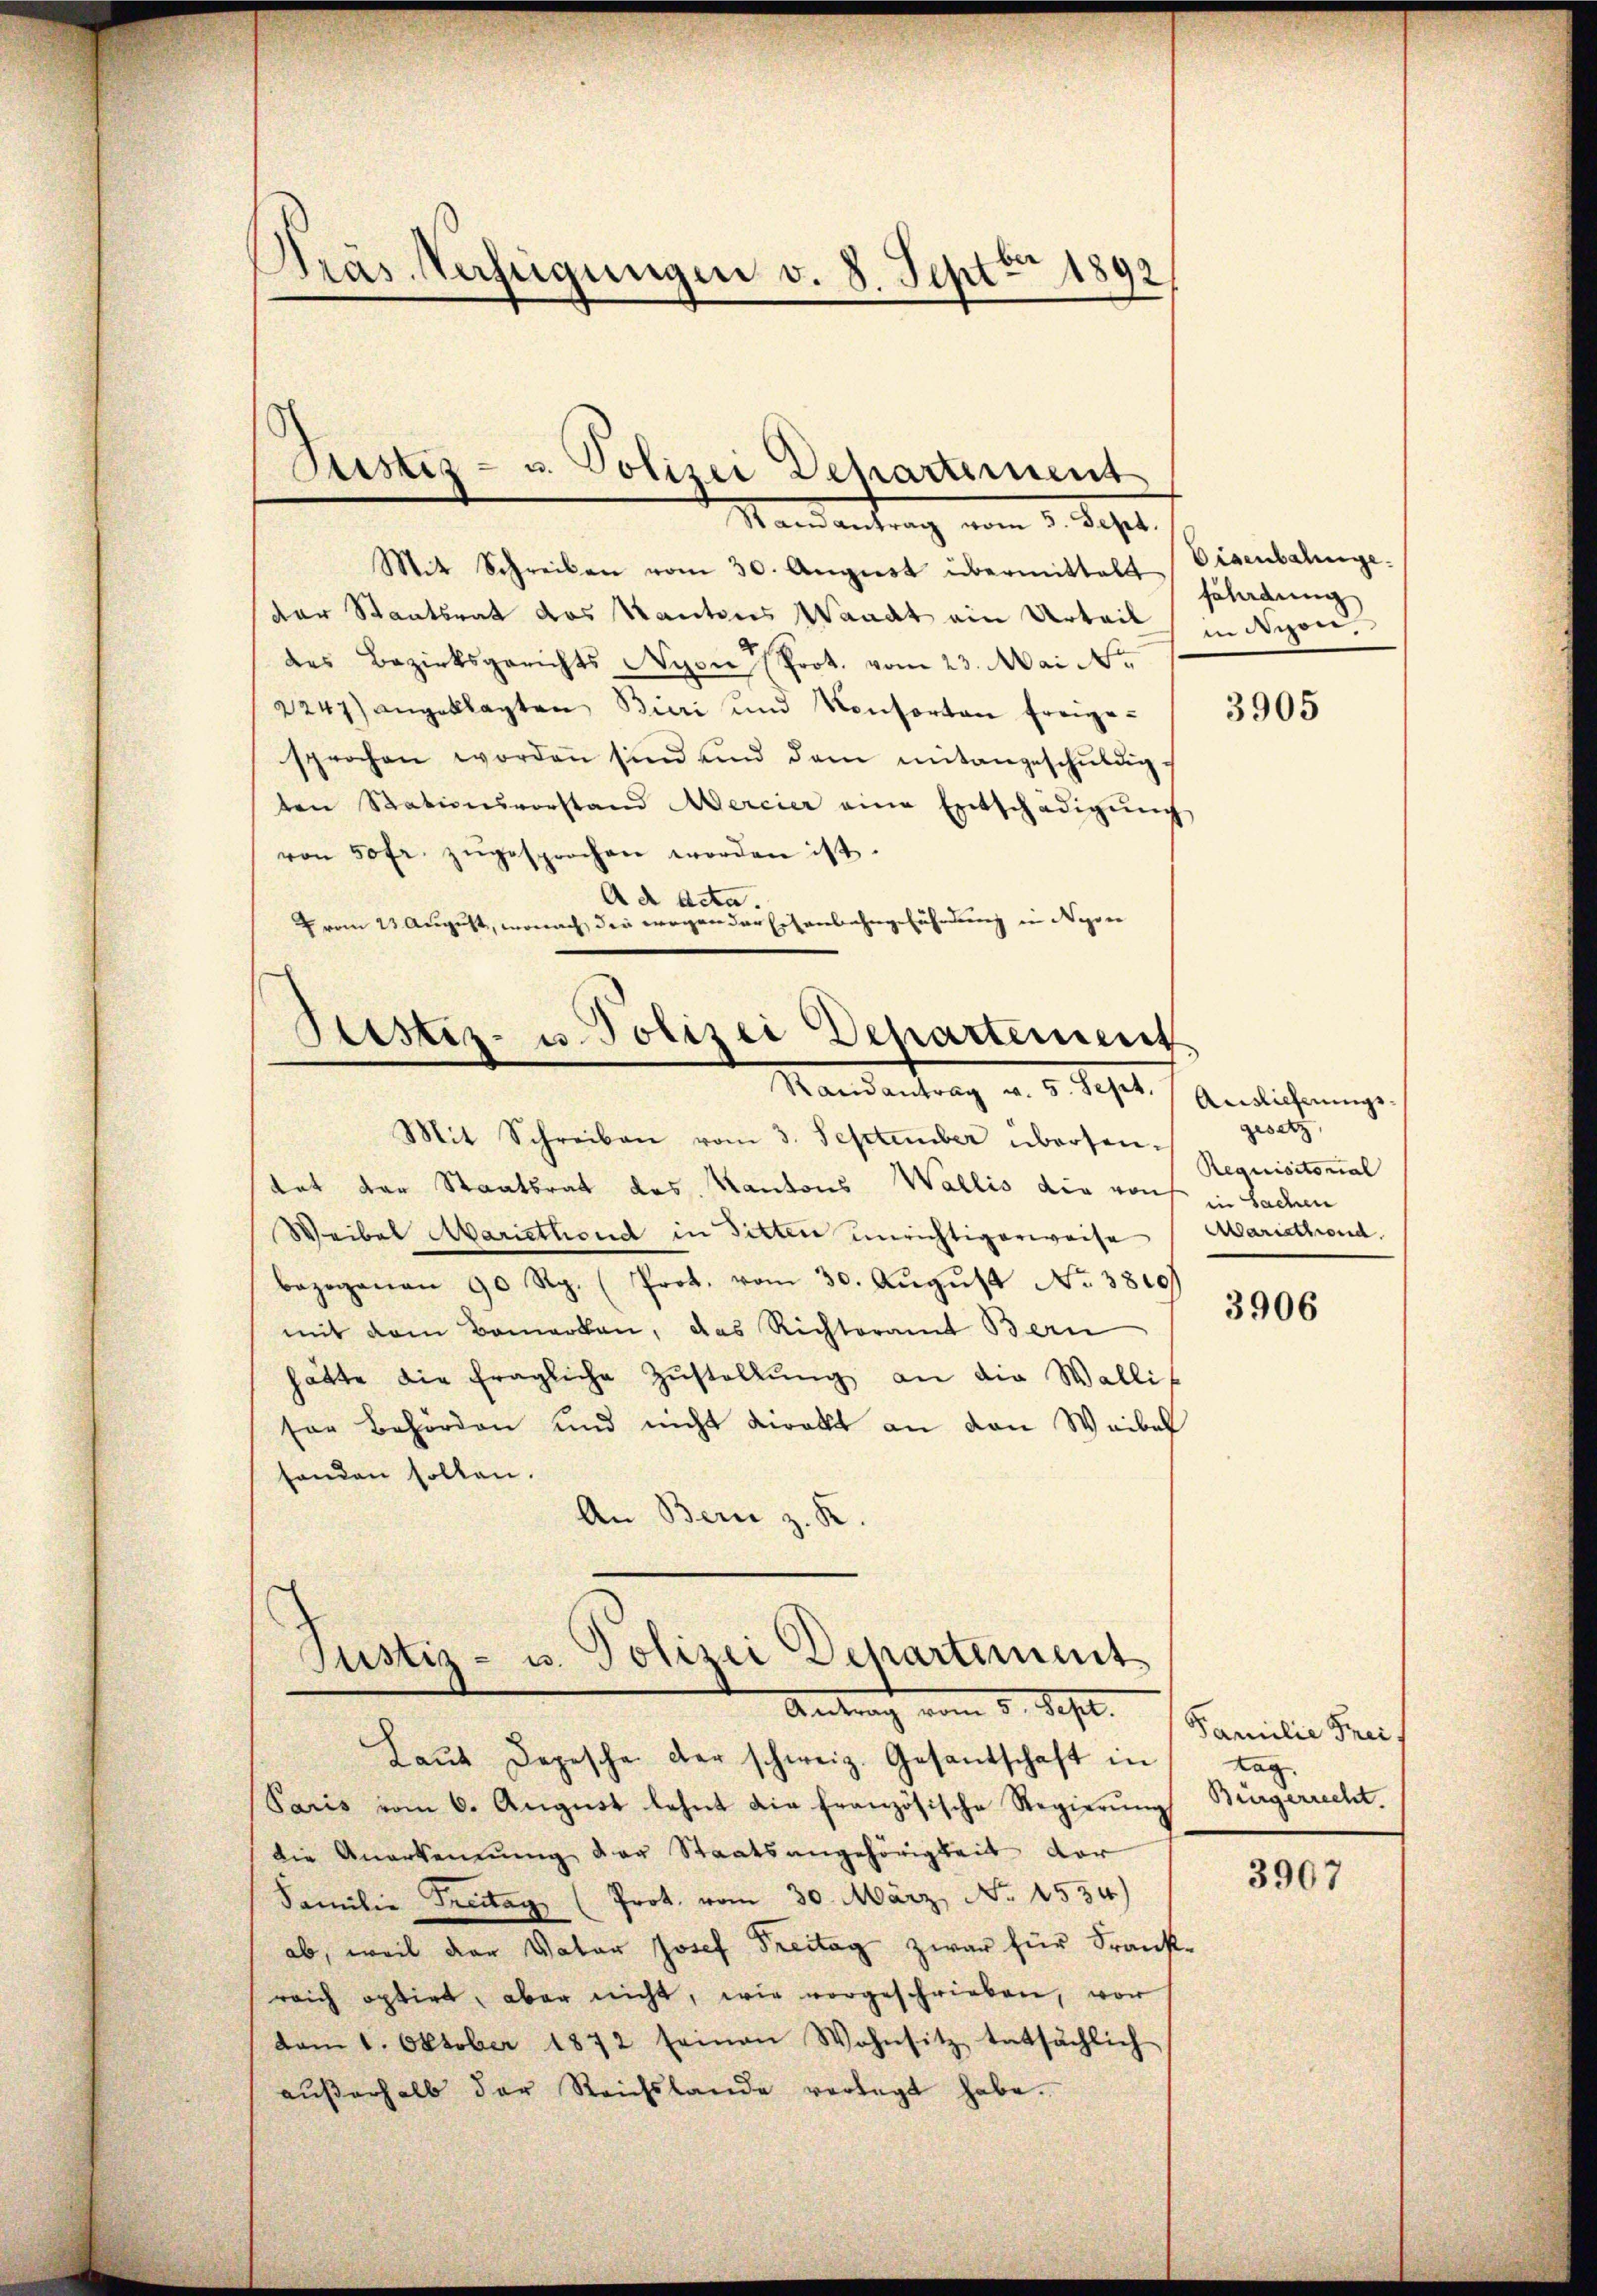
Pras Verfügungen v. 8. Sept. 1892

Mit Schreiben vom 30. August übermittelt Disenbahnge.
der Staatsrat das Kantons Waadt ein Urteil in Nizondes Bezirksgerichts Nyon (Prot. vom 23. Mai Nr.
2247) angeklagten Bieri und Konsorten freige-
sprochen worden sind und dem mitangeschŭldig-
ten Stationsvorstand Mercier eine Entschädigŭng
von 50 fr. zŭgesprochen worden ist.
Ad Acta.
vom 23 August, wonach die wegen der Eisenbahngefährdung in Nyon

Justiz- u. Polizei Dehartement
Stand entrag vom 9. Sept.

Stestiz- u. Polizei Departement
Randantrag v. 5. Sept.

Mit Schreiben vom 3. September übersen-
tat der Staatsrat das Kantons Wallis die von in Sachen
Weibel Mariethend in Sitten unrichtigerweise Mariethend.
bezogenan 90 Rp. (Prot. vom 30. Aŭgŭst No. 3800)
mit dem Bemerken, das Richteramt Bern
hätte die fragliche Zustellung an die Walli
sor Behörden und nicht direkt an den Waibel
handen sollen.
An Bern z. K.

)
Justiz- u. Polizei Departement
Antrach vom 3. Sept. 1 Familie Su

Laŭt Depesche der schweiz. Gesandtschaft in
Paris vom 6. Aŭgŭst lehnt die französische Regierŭng
die Anerkennung der Staatsangehörigkeit der
Familie Treitag (Prot. vom 30. März, No 1534)
ab, weil der Vater Josef Treitag zwar für Frankreich optirt, aber nicht, wie vorgeschrieben, vor
dam 1. Oktober 1872 seinen Wohnsitz tatsächlich
aŭβerhalb der Reichslande verlegt habe.

fährdung

3905

Auslieferungsgesetz,
Requisitorial

3906

tag.
Bürgerrecht.

3907